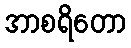
အာစရိတော